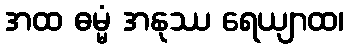
အထ ဓမ္မံ အနုဿ ရေယျာထ၊